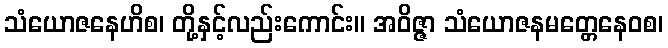
သံယောဇနေဟိစ၊ တို့နှင့်လည်းကောင်း။ အဝိဇ္ဇာ သံယောဇနမတ္တေနေဝစ၊